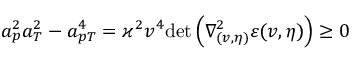
a _ { p } ^ { 2 } a _ { T } ^ { 2 } - a _ { p T } ^ { 4 } = \varkappa ^ { 2 } v ^ { 4 } \mathrm { d e t } \left( \nabla _ { ( v , \eta ) } ^ { 2 } \varepsilon ( v , \eta ) \right) \geq 0